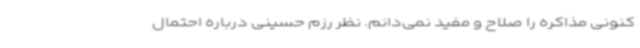
کنونی مذاکره را صلاح و مفید نمی‌دانم. نظر رزم حسینی درباره احتمال